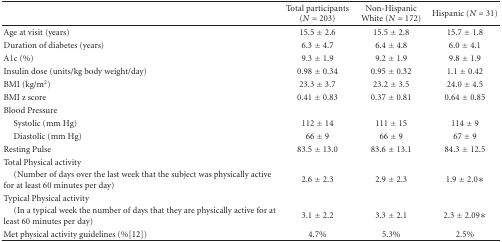
|  | Total participants (N = 203) | Non-Hispanic White (N = 172) | Hispanic (N = 31) |
 | --- | --- | --- | --- |
 | Age at visit (years) | 15.5 ± 2.6 | 15.5 ± 2.8 | 15.7 ± 1.8 |
 | Duration of diabetes (years) | 6.3 ± 4.7 | 6.4 ± 4.8 | 6.0 ± 4.1 |
 | A1c (%) | 9.3 ± 1.9 | 9.2 ± 1.9 | 9.8 ± 1.9 |
 | Insulin dose (units/kg body weight/day) | 0.98 ± 0.34 | 0.95 ± 0.32 | 1.1 ± 0.42 |
 | BMI (kg/m2) | 23.3 ± 3.7 | 23.2 ± 3.5 | 24.0 ± 4.5 |
 | BMI z score | 0.41 ± 0.83 | 0.37 ± 0.81 | 0.64 ± 0.85 |
 | Blood Pressure |  |  |  |
 | Systolic (mm Hg) | 112 ± 14 | 111 ± 15 | 114 ± 9 |
 | Diastolic (mm Hg) | 66 ± 9 | 66 ± 9 | 67 ± 9 |
 | Resting Pulse | 83.5 ± 13.0 | 83.6 ± 13.1 | 84.3 ± 12.5 |
 | Total Physical activity |  |  |  |
 | (Number of days over the last week that the subject was physically active for at least 60 minutes per day) | 2.6 ± 2.3 | 2.9 ± 2.3 | 1.9 ± 2.0∗ |
 | Typical Physical activity |  |  |  |
 | (In a typical week the number of days that they are physically active for at least 60 minutes per day) | 3.1 ± 2.2 | 3.3 ± 2.1 | 2.3 ± 2.09∗ |
 | Met physical activity guidelines (%[12]) | 4.7% | 5.3% | 2.5% |